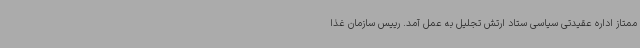
ممتاز اداره عقیدتی سیاسی ستاد ارتش تجلیل به عمل آمد. رییس سازمان غذا